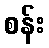
စန်း